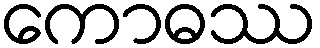
ကောဓဿ